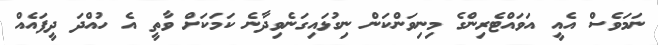
ނަމަވެސް އެއީ އަވައްޓެރިންގެ މިނިވަންކަން ނިގުޅައިގަނެވިދާނެ ކަމަކަށް ވާތީ އެ ހުއްދަ ދީފައެއް